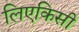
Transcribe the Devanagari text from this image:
लिएकिसी